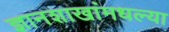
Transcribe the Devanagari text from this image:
ज्ञानशाखांमधल्या